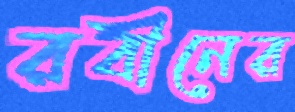
রবীনের